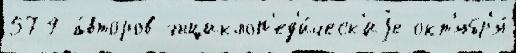
579 а́второв энциклоп'ед'и́ческ'иjе окт'ябр'я́